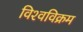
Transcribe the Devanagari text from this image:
विश्‍वविक्रम